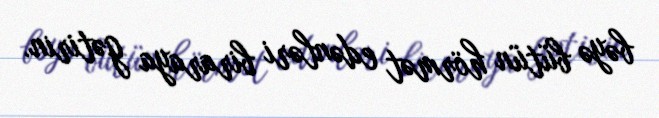
bəyə bütün hörmət edənləri biraraya gətirin.